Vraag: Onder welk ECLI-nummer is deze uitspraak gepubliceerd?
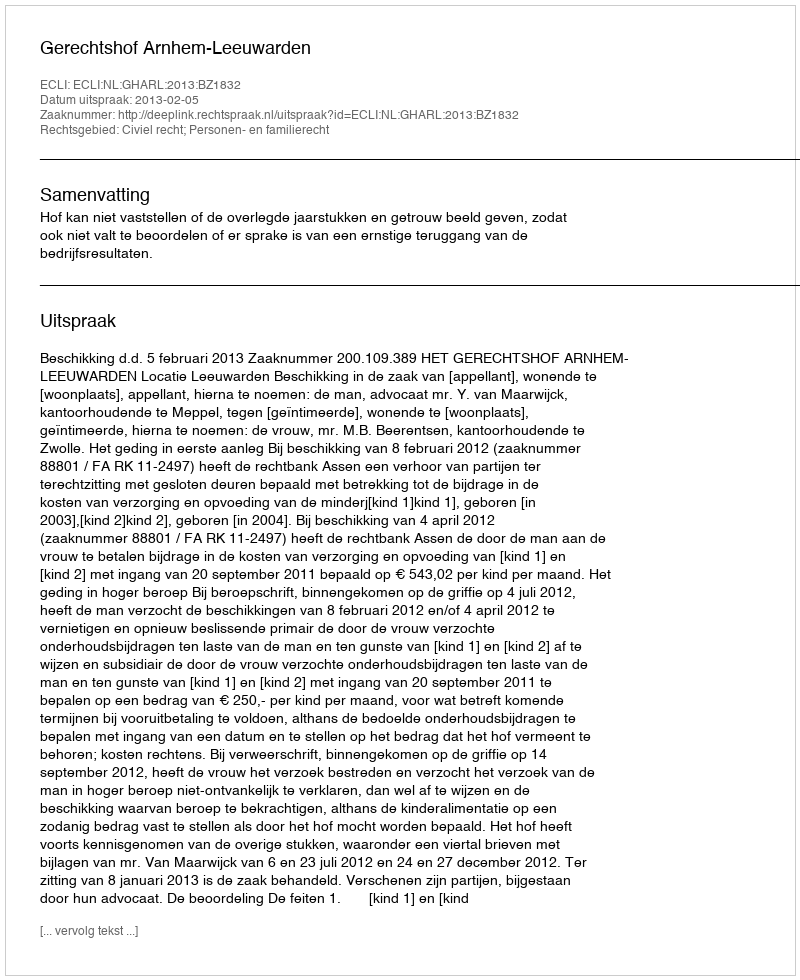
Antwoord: ECLI:NL:GHARL:2013:BZ1832